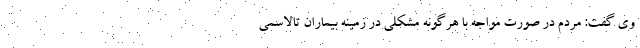
وی گفت: مردم در صورت مواجه با هرگونه مشکلی در زمینه بیماران تالاسمی